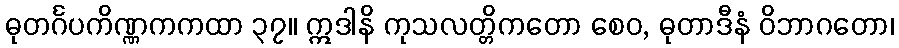
ဓုတင်္ဂပကိဏ္ဏကကထာ ၃၇။ ဣဒါနိ ကုသလတ္တိကတော စေဝ, ဓုတာဒီနံ ဝိဘာဂတော၊